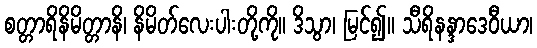
စတ္တာရိနိမိတ္တာနိ၊ နိမိတ်လေးပါးတို့ကို။ ဒိသွာ၊ မြင်၍။ သီရိနန္ဒာဒေဝီယာ၊